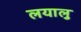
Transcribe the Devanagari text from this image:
लयालु